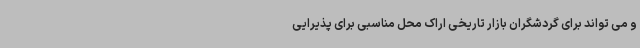
و می تواند برای گردشگران بازار تاریخی اراک محل مناسبی برای پذیرایی